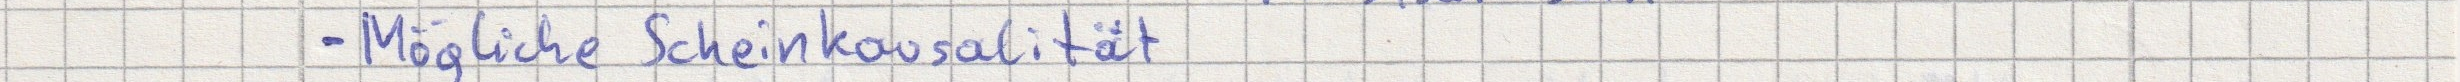
- Mögliche Scheinkausalität